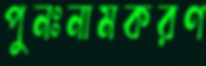
পুনঃনামকরণ